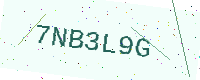
Text: 7NB3L9G